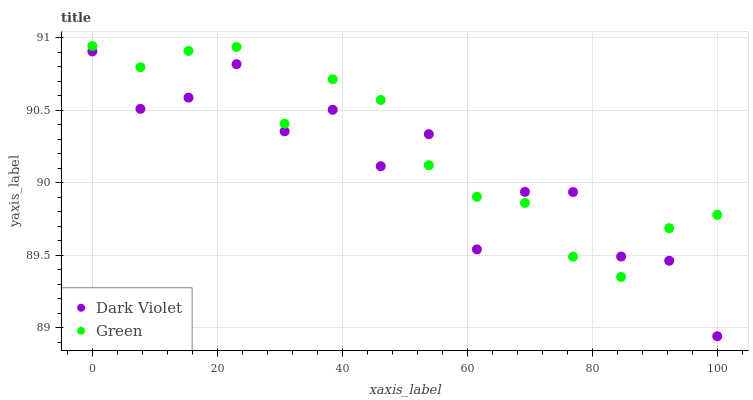
| xaxis_label | Dark Violet | Green |
 | --- | --- | --- |
 | 0 | 90.9 | 90.9 |
 | 7.69 | 90.5 | 90.8 |
 | 15.4 | 90.6 | 90.9 |
 | 23.1 | 90.8 | 90.9 |
 | 30.8 | 90.4 | 90.4 |
 | 38.5 | 90.5 | 90.7 |
 | 46.2 | 90.1 | 90.6 |
 | 53.8 | 90.3 | 90.1 |
 | 61.5 | 89.5 | 89.9 |
 | 69.2 | 89.9 | 89.9 |
 | 76.9 | 89.9 | 89.5 |
 | 84.6 | 89.5 | 89.4 |
 | 92.3 | 89.5 | 89.7 |
 | 100 | 88.9 | 89.8 |